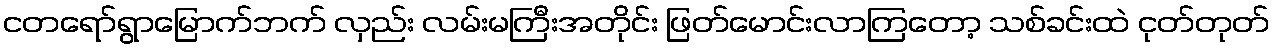
ငတရော်ရွာမြောက်ဘက် လှည်း လမ်းမကြီးအတိုင်း ဖြတ်မောင်းလာကြတော့ သစ်ခင်းထဲ ငုတ်တုတ်